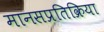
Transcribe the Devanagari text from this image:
मानसप्रतिक्रिया